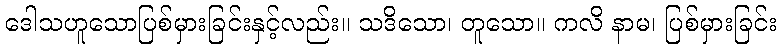
ဒေါသဟူသောပြစ်မှားခြင်းနှင့်လည်း။ သဒိသော၊ တူသော။ ကလိ နာမ၊ ပြစ်မှားခြင်း